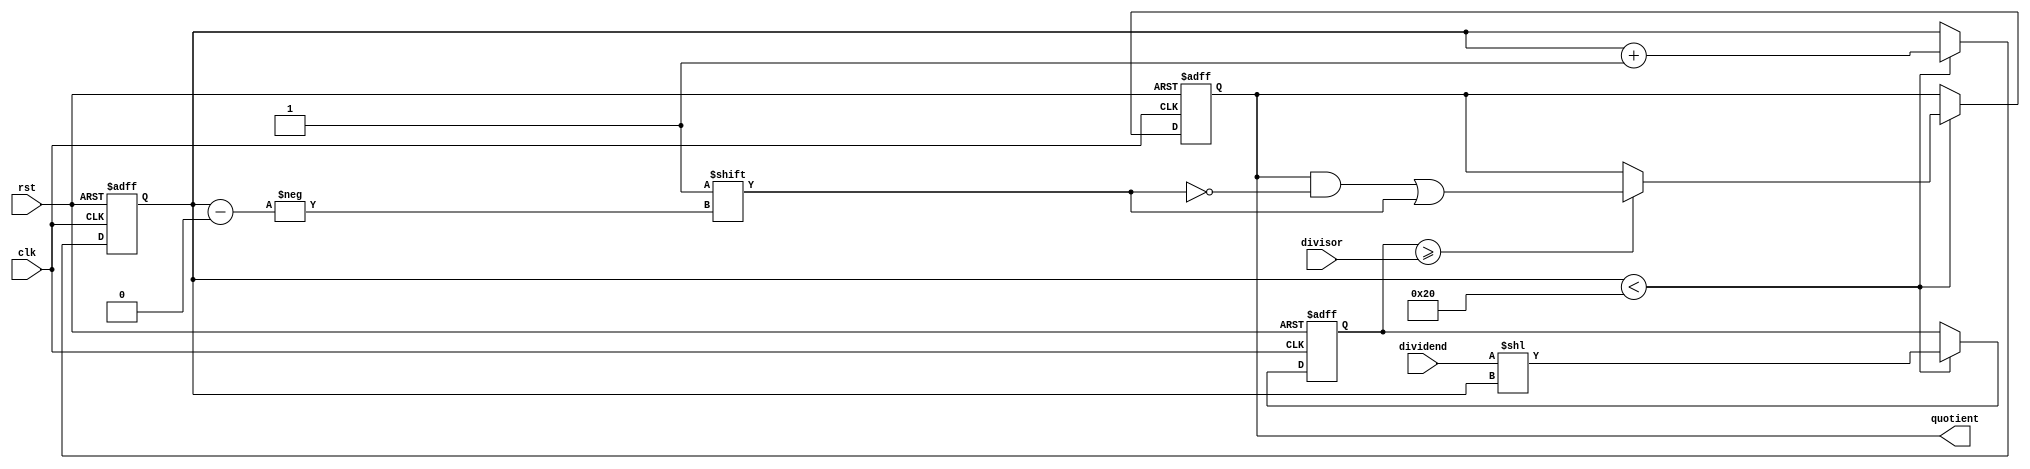
module Fractional_Divider(
  input clk,
  input rst,
  input [31:0] dividend,
  input [31:0] divisor,
  output reg [31:0] quotient
);

reg [31:0] shift_dividend;
reg [31:0] remainder;
reg [31:0] count;

always @ (posedge clk or posedge rst) begin
  if (rst) begin
    shift_dividend <= 0;
    remainder <= 0;
    count <= 0;
    quotient <= 0;
  end else begin
    if (count < 32) begin
      shift_dividend <= dividend << count;
      if (shift_dividend >= divisor) begin
        remainder <= shift_dividend - divisor;
        quotient[count] <= 1;
      end else begin
        remainder <= shift_dividend;
      end
      count <= count + 1;
    end
  end
end

endmodule